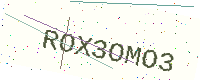
Text: ROX3OMO3